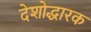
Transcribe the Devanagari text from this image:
देशोद्धारक